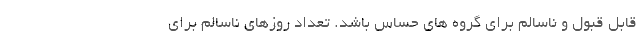
قابل قبول و ناسالم برای گروه های حساس باشد. تعداد روزهای ناسالم برای